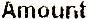
AMOUNT